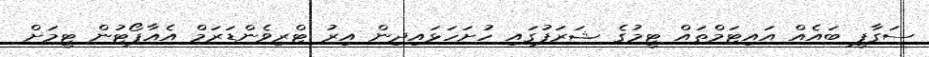
ސަގާފީ ބައެއް އައިޓަމްތައް ޓީމުގެ ޝަރަފުގައި ހުށަހަޅައިދިން އިރު ޓްރިވެންޑަރަމް އެއާޕޯޓުން ޓީމަށް